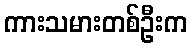
ကားသမားတစ်ဦးက